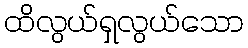
ထိလွယ်ရှလွယ်သော